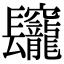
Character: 𨳅